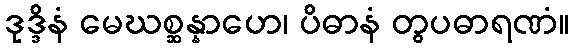
ဒုဒ္ဒိနံ မေဃစ္ဆန္နာဟေ၊ ပိဓာနံ တွပဓာရဏံ။